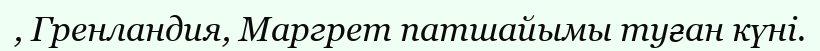
, Гренландия, Маргрет патшайымы туған күні.